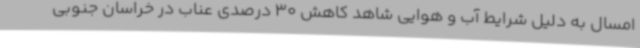
امسال به دلیل شرایط آب و هوایی شاهد کاهش 30 درصدی عناب در خراسان جنوبی